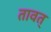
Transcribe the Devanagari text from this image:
तावत्